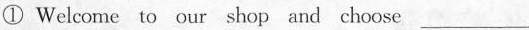
① Welcome to our shop and choose ___